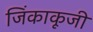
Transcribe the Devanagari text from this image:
जिंकाकूजी